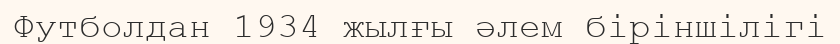
Футболдан 1934 жылғы әлем біріншілігі